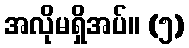
အလိုမရှိအပ်။ (၅)